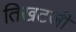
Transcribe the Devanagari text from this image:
तिखटजी